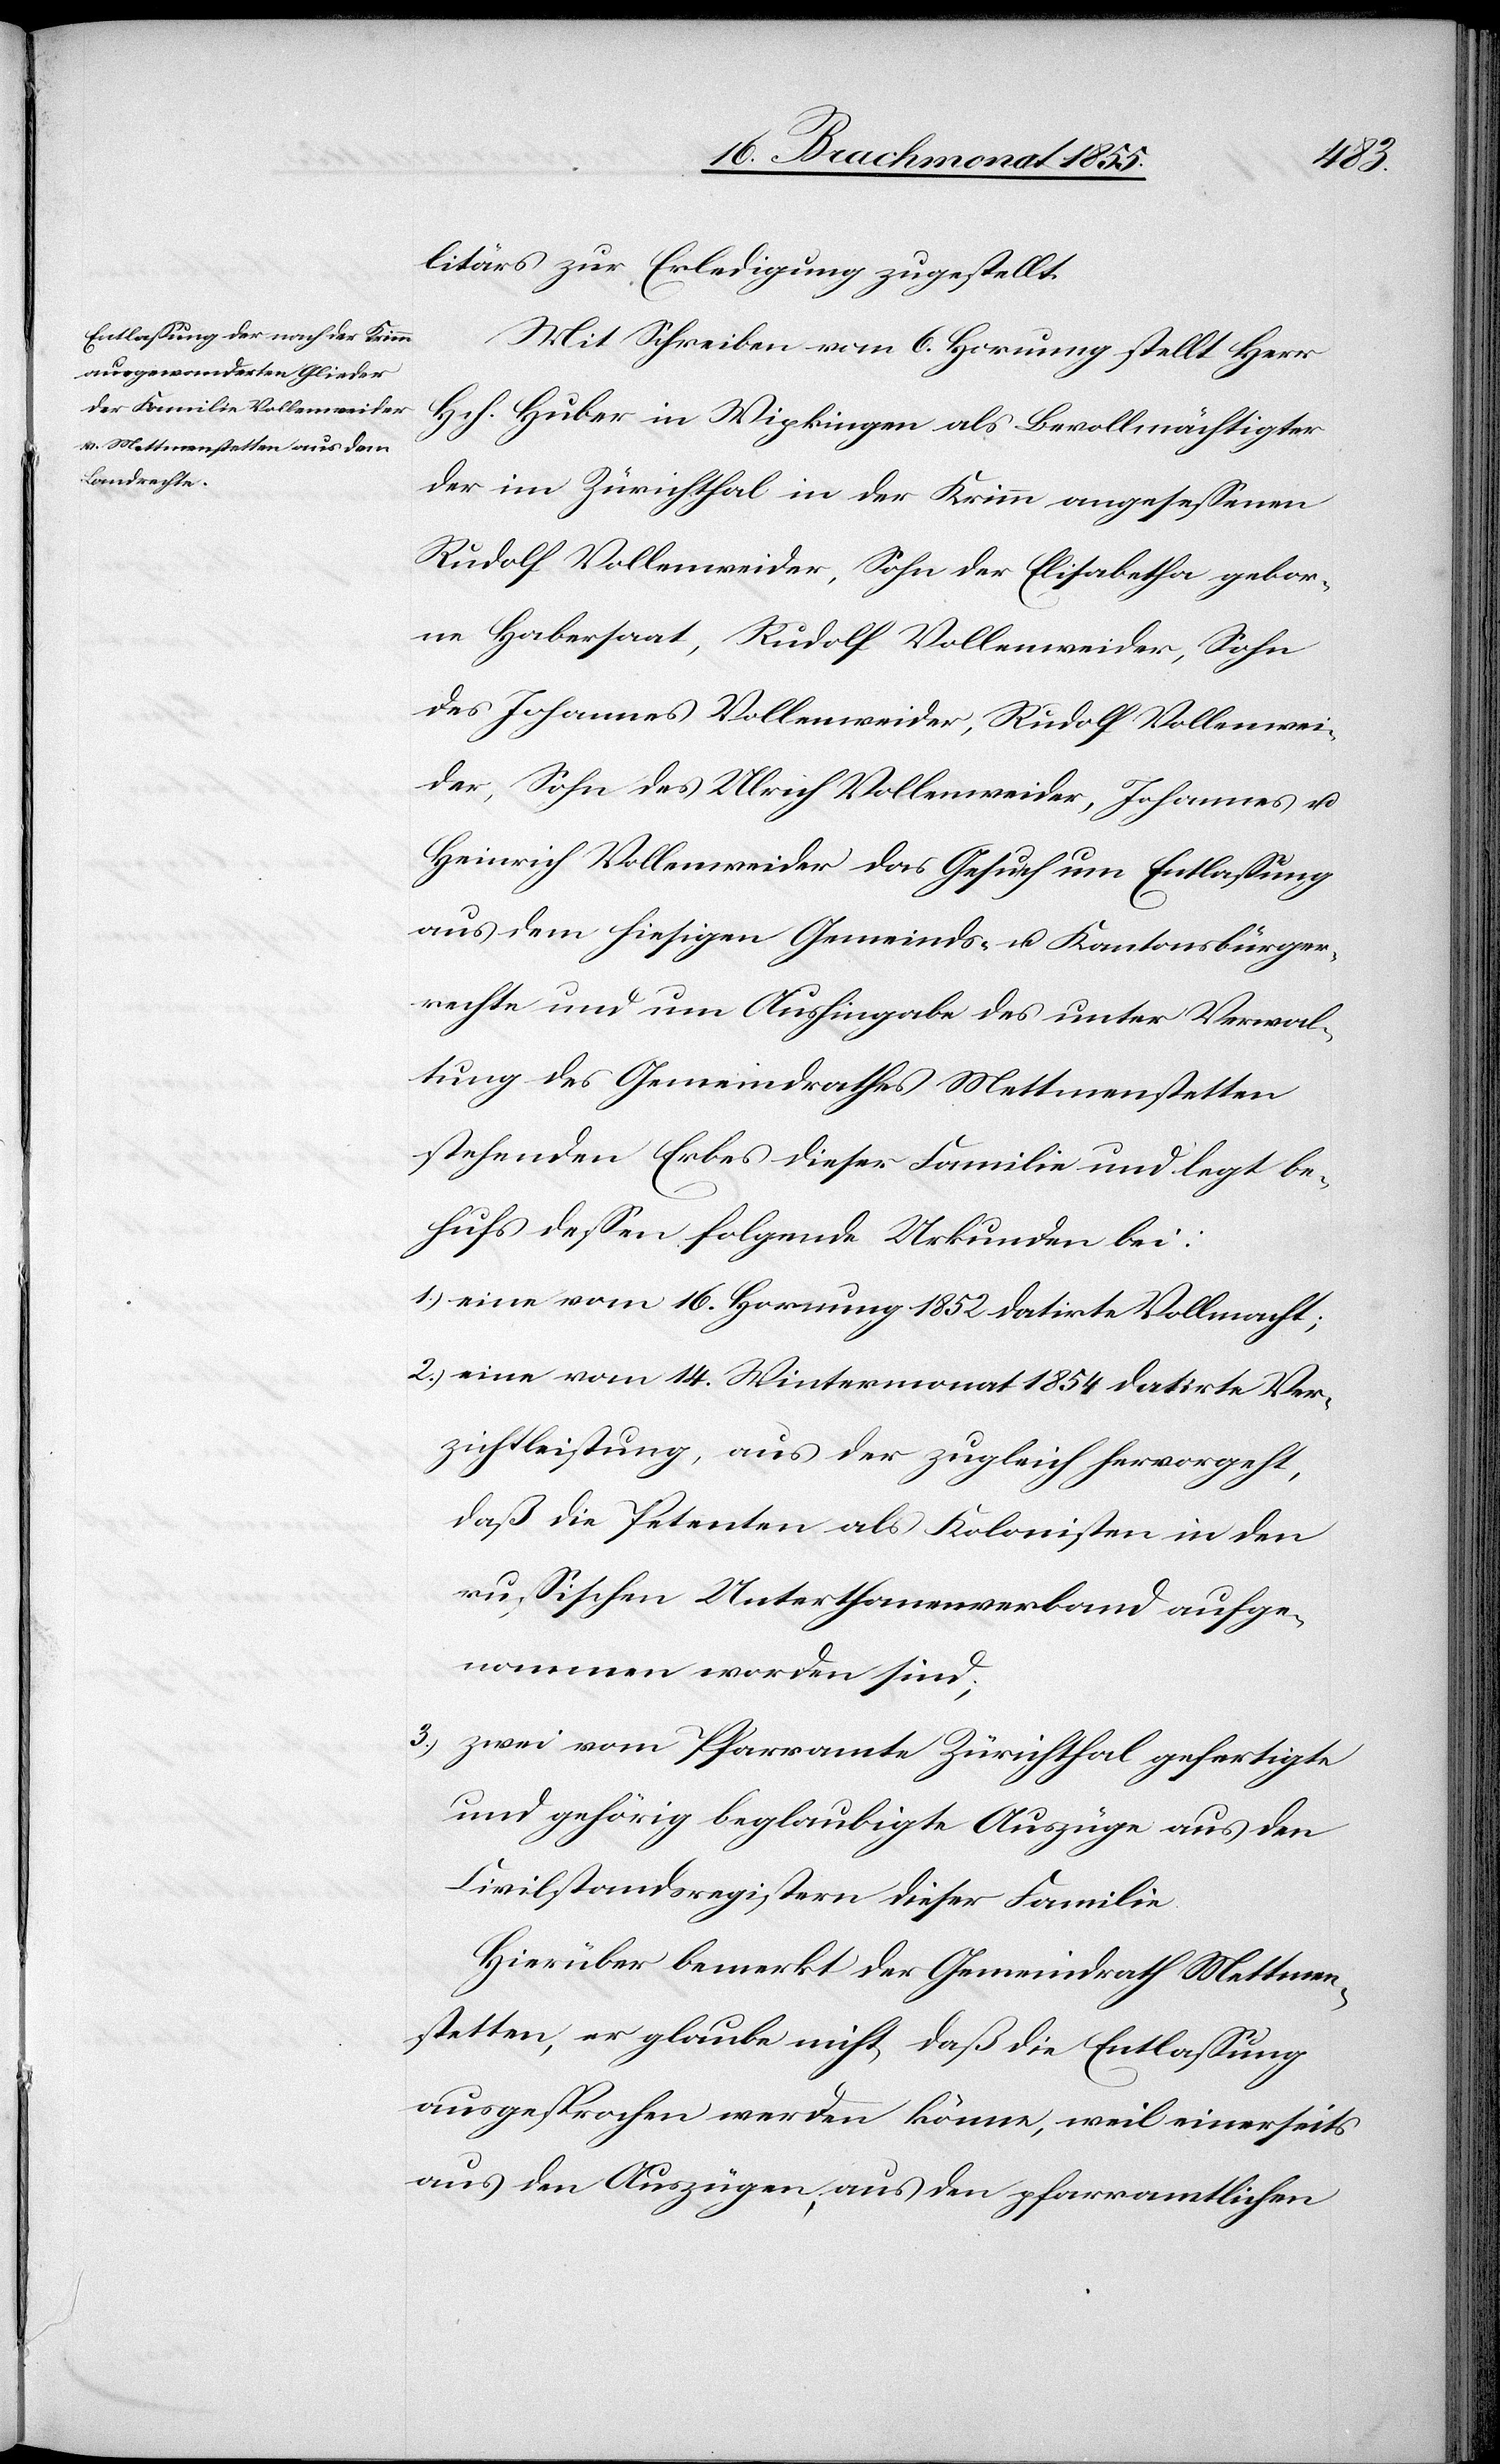
litärs zur Erledigung zugestellt.
Mit Schreiben vom 6. Hornung stellt Herr
Hch. Huber in Wipkingen als Bevollmächtigter
der im Zürichthal in der Krimm angesessenen
Rudolf Vollenweider, Sohn der Elisabetha gebor¬
ne Habersaat, Rudolf Vollenweider, Sohn
des Johannes Vollenweider, Rudolf Vollenwei¬
der, Sohn des Ulrich Vollenweider, Johannes u.
Heinrich Vollenweider das Gesuch um Entlassung
aus dem hiesigen Gemeinds- u. Kantonsbürger¬
rechte und um Aushingabe des unter Verwal¬
tung des Gemeindrathes Mettmenstetten
stehenden Erbes dieser Familie und legt be¬
hufs dessen folgende Urkunden bei:
eine vom 16. Hornung 1852 datirte Vollmacht;
eine vom 14. Wintermonat 1854 datirte Ver¬
zichtleistung, aus der zugleich hervorgeht,
daß die Petenten als Kolonisten in den
russischen Unterthanenverband aufge¬
nommen worden sind;
zwei vom Pfarramte Zürichthal gefertigte
und gehörig beglaubigte Auszüge aus den
Civilstandsregistern dieser Familie.
Hierüber bemerkt der Gemeindrath Mettmen¬
stetten, er glaube nicht, daß die Entlassung
ausgesprochen werden könne, weil einerseits
aus den Auszügen, aus den pfarramtlichen

3.)